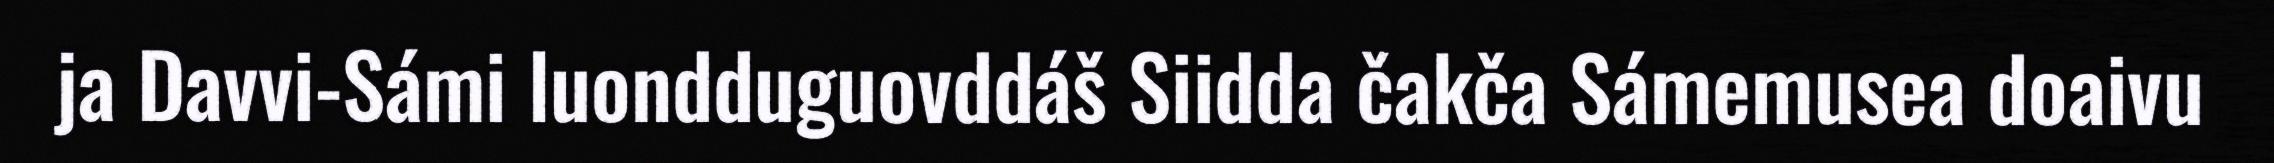
ja Davvi-Sámi luondduguovddáš Siidda čakča Sámemusea doaivu